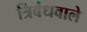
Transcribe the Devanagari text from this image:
त्रिबंधवाले